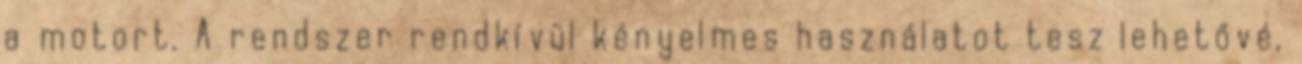
a motort. A rendszer rendkívül kényelmes használatot tesz lehetővé,